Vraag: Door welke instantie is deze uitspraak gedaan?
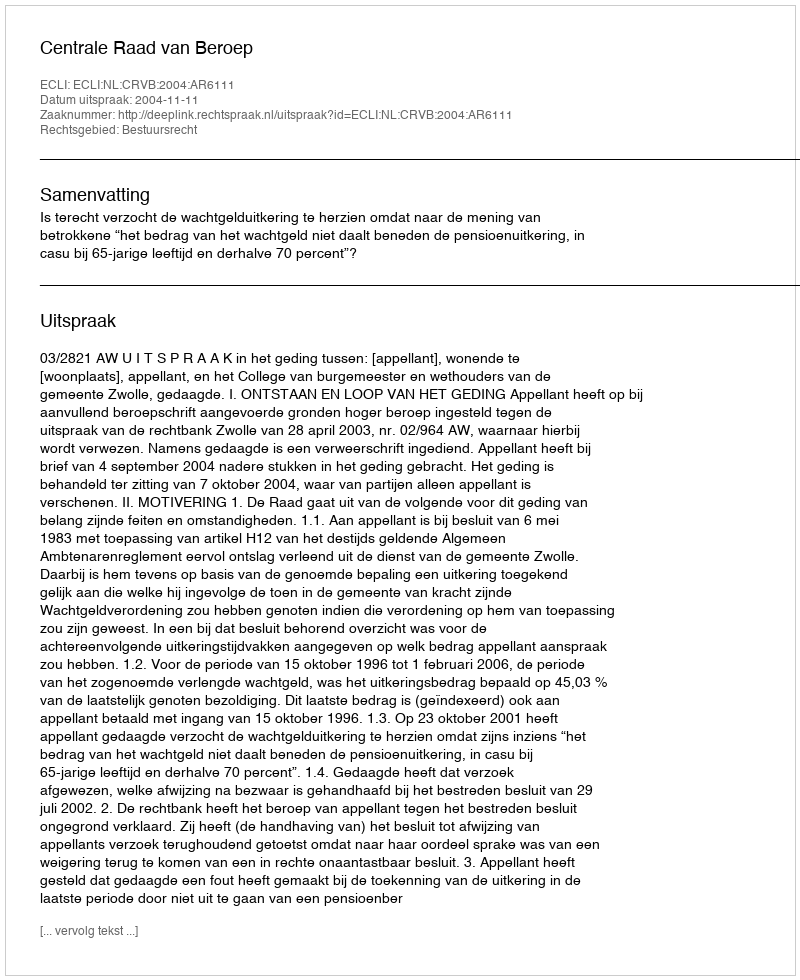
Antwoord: Centrale Raad van Beroep